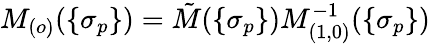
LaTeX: M_{(o)}(\{ \sigma_{p}\} )=\tilde{M}(\{ \sigma_{p}\} )M_{(1,0)}^{-1}(\{ \sigma_{p}\} )